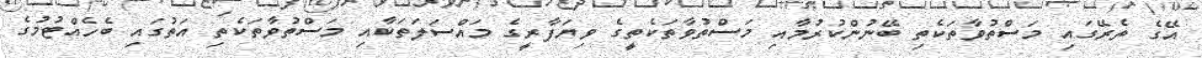
އޭގެ ތެރޭގައި މަސްތުވާތަކެތި ބޭނުންކުރުމާއި މަސްތުވާތަކެތީގެ ވިޔަފާރީގެ މައްސަލަތަކާއި މަސްތުވާތަކެތި އަތުގައި ބެހެއްޓުމުގެ